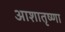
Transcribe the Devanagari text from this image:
आशातृष्णा